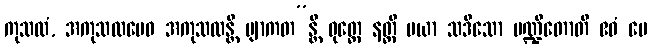
ကုသလံ, အကုသလမေဝ အကုသလန္တိ ဗျာကတ”န္တိ ဝုတ္တေ နတ္ထိ မယာ သဒိသော ပဏ္ဍိတောတိ ဧဝံ မေ